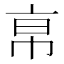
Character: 𢂚